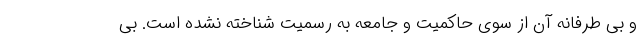
و بی طرفانه آن از سوی حاکمیت و جامعه به رسمیت شناخته نشده است. بی